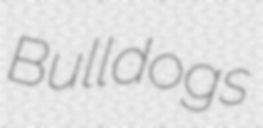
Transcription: Bulldogs